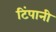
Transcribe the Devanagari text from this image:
टिंपानी